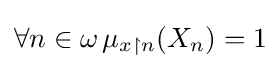
\forall n\in \omega \,\mu _{x\upharpoonright n}(X_{n})=1